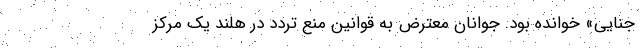
جنایی» خوانده بود. جوانان معترض به قوانین منع تردد در هلند یک مرکز